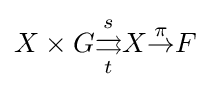
X\times G{\overset {s}{\underset {t}{\rightrightarrows }}}X{\overset {\pi }{\to }}F